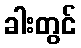
ခါးတွင်